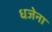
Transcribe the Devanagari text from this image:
धजेना